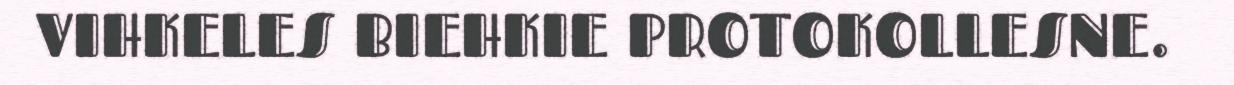
VIHKELES BIEHKIE PROTOKOLLESNE.